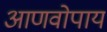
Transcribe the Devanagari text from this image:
आणवोपाय